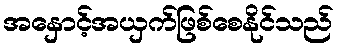
အနှောင့်အယှက်ဖြစ်စေနိုင်သည်